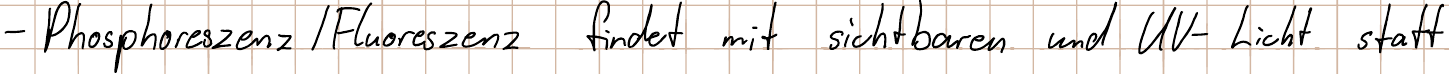
- Phosphoreszenz / Fluoreszenz findet mit sichtbaren und UV-Licht statt